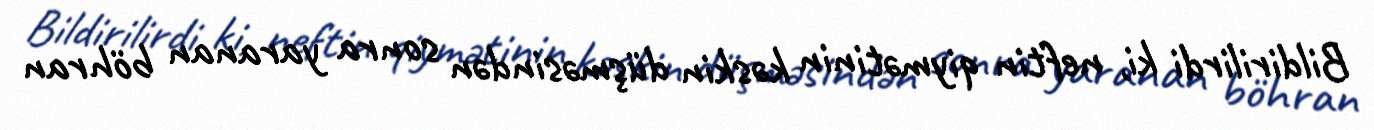
Bildirilirdi ki, neftin qiymətinin kəskin düşməsindən sonra yaranan böhran